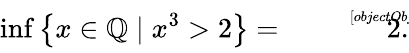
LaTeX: \operatorname*{inf}\left\{ x\in\mathbb{Q}\mid x^{3}>2\right\} ={\sqrt[[objectObject]]{2}}.